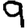
Digit: 9